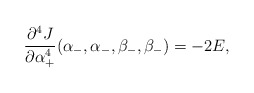
\begin{align*} \frac{\partial^4J}{\partial\alpha_+^4}(\alpha_-,\alpha_-,\beta_-,\beta_-)=-2E,\end{align*}